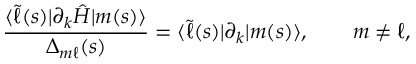
\frac { \langle \widetilde { \ell } ( s ) | \partial _ { k } \hat { H } | m ( s ) \rangle } { \Delta _ { m \ell } ( s ) } = \langle \widetilde { \ell } ( s ) | \partial _ { k } | m ( s ) \rangle , \qquad m \neq \ell ,